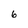
Character: 6